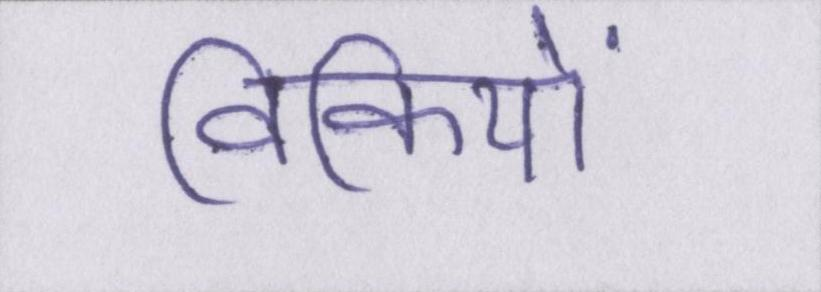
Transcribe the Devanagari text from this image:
विकियों